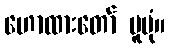
ဟောထားတော် မူပုံ။